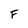
Character: F